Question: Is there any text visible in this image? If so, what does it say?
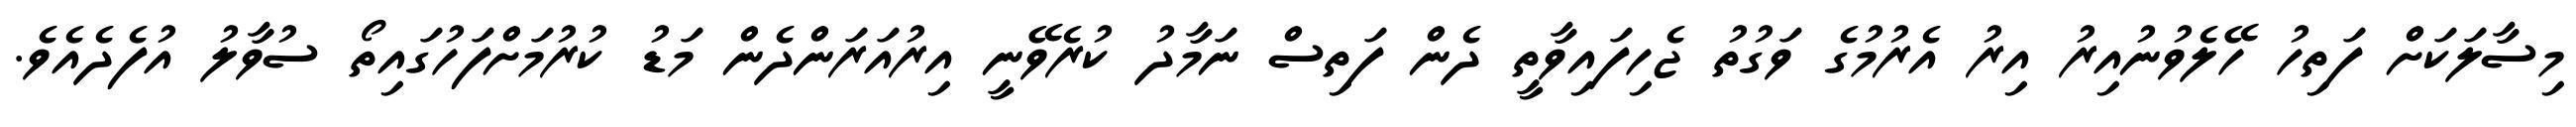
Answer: މިސާލަކަށް ފަތިހު ހޭލެވުނުއިރު އިރު އެރުމުގެ ވަގުތު ޖެހިފައިވާތީ ދެން ފަތިސް ނަމާދު ކުރެވޭނީ އިރުއަރަންދެން މަޑު ކުރުމަށްފަހުގައިތޯ ސުވާލު އުފެދެއެވެ.